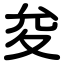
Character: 夋